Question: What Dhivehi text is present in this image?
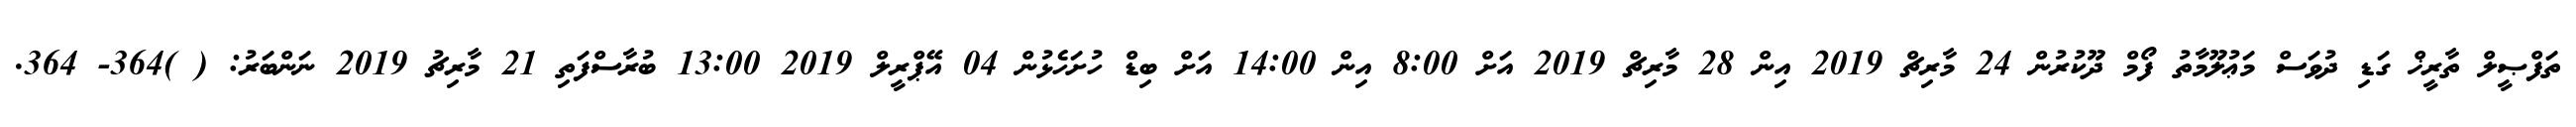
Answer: ތަފްޞީލް ތާރީޚް ގަޑި ދުވަސް މަޢުލޫމާތު ފޯމް ދޫކުރުން 24 މާރިޗް 2019 އިން 28 މާރިޗް 2019 އަށް 8:00 އިން 14:00 އަށް ބިޑް ހުށަހެޅުން 04 އޭޕްރީލް 2019 13:00 ބުރާސްފަތި 21 މާރިޗު 2019 ނަންބަރު: ( )364- 364.